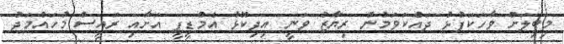
މިބިލަށް ވާހަކަފުޅު ދައްކަވަމުން ރިޔާޒު ވަނީ އިދިކޮޅު އެމްޑީޕީ އަށާއި ރައީސް މުހައްމަދު